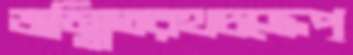
জম্মিতরথচক্রেপ্